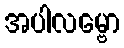
အပါလမ္ဗော